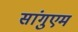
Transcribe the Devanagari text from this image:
सांगुएम